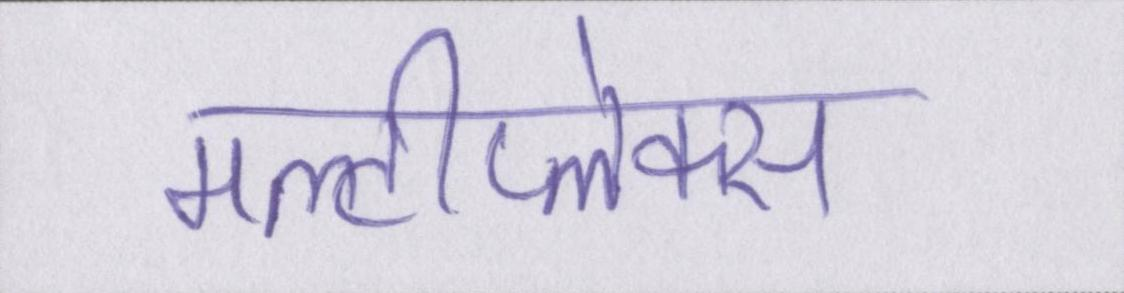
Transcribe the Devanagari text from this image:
मल्टीप्लेक्स